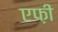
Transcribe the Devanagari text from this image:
एफ़ी